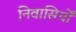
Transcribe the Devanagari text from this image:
निवासियोँ